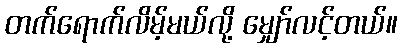
တက်ရောက်လိမ့်မယ်လို့ မျှော်လင့်တယ်။